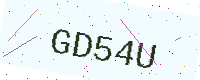
Text: GD54U